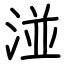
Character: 湴